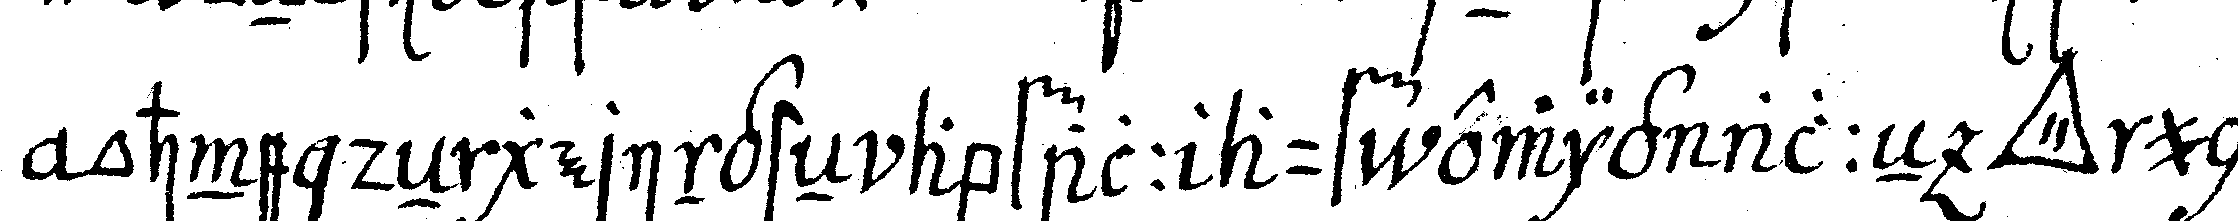
ohne deN geringsteN abfall auf ewig alleN *tri..* und